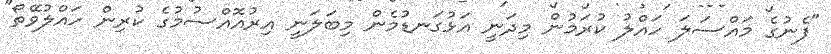
"ފެނުގެ މައްސަލަ ހައްލު ކުރަމުން މިދަނީ އަޅުގަނޑުމެން މިބަލަނީ އިރުއޮއްސުމުގެ ކުރިން ހައްލުވޭތޯ"